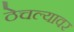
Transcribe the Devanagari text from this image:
ठेचल्यावर